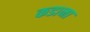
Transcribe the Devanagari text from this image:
कडाना